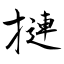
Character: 摙